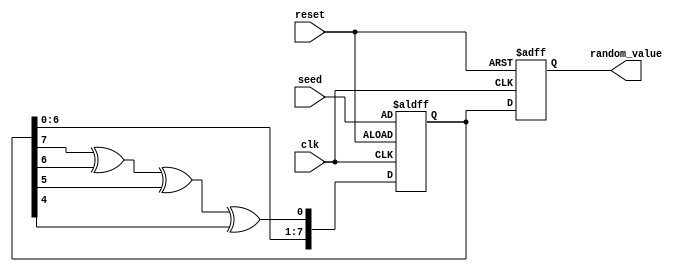
module RandomInitialization #(
    parameter WIDTH = 8 // Width of the random_value output
)(
    input wire clk,
    input wire reset,
    input wire [WIDTH-1:0] seed, // Optional seed input
    output reg [WIDTH-1:0] random_value
);

    reg [WIDTH-1:0] lfsr; // Internal LFSR register

    // LFSR feedback polynomial for WIDTH bits (example for 8 bits)
    wire feedback = lfsr[WIDTH-1] ^ lfsr[WIDTH-2] ^ lfsr[WIDTH-3] ^ lfsr[WIDTH-4];

    always @(posedge clk or posedge reset) begin
        if (reset) begin
            // Reset state
            lfsr <= seed; // Initialize with seed value
            random_value <= 0; // Default value on reset
        end else begin
            // Shift and feedback for LFSR
            lfsr <= {lfsr[WIDTH-2:0], feedback};
            random_value <= lfsr; // Update random_value with LFSR output
        end
    end

endmodule